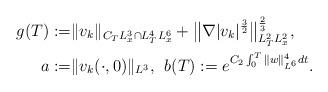
LaTeX: \begin{align*}g(T):=&\|v_{k}\|_{C_{T}L_{x}^{3}\cap L_{T}^{4}L_{x}^{6}}+\big\|\nabla|v_{k}|^{\frac{3}{2}}\big\|^{\frac{2}{3}}_{L_{T}^{2}L_{x}^{2}},\\a:=&\|v_{k}(\cdot,0)\|_{L^{3}},\;\, b(T):=e^{C_{2}\int_{0}^{T}\|w\|_{L^{6}}^{4}dt}.\end{align*}